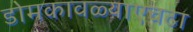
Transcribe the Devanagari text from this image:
डोमकावळ्याएवढा